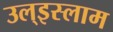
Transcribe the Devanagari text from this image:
उल्‌इस्लाम